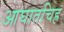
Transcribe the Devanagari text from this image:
आघातचिह्र